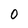
Character: 0